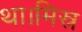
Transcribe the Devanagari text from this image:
था।मिस्र